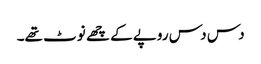
دس دس روپے کے چھے نوٹ تھے۔